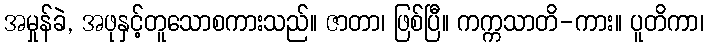
အမှုန်ခဲ, အဖုနှင့်တူသောစကားသည်။ ဇာတာ၊ ဖြစ်ပြီ။ ကက္ကသာတိ-ကား။ ပူတိကာ၊